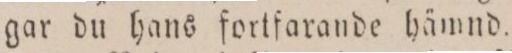
gar du hans fortfarande hämnd.